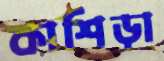
কাশিড়া